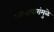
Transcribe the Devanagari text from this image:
अत्याचारांमुळे